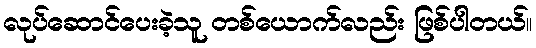
လုပ်ဆောင်ပေးခဲ့သူ တစ်ယောက်လည်း ဖြစ်ပါတယ်။